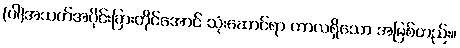
(ဝါ)အသက်အပိုင်းခြားတိုင်အောင် သုံးဆောင်ရာ ကာလရှိသော အမြစ်တည်း။